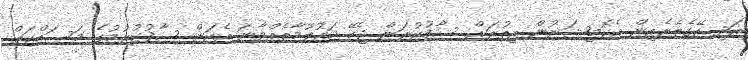
އަދި އޭގެތެރެއިން އެކޮމިޝަނުން އިތުރަށް ސާފުކުރަން ޖެހޭ މައުލޫމާތެއްވާނަ އެކަން ސާފުކުރުމުގެ މަސައްކަތް